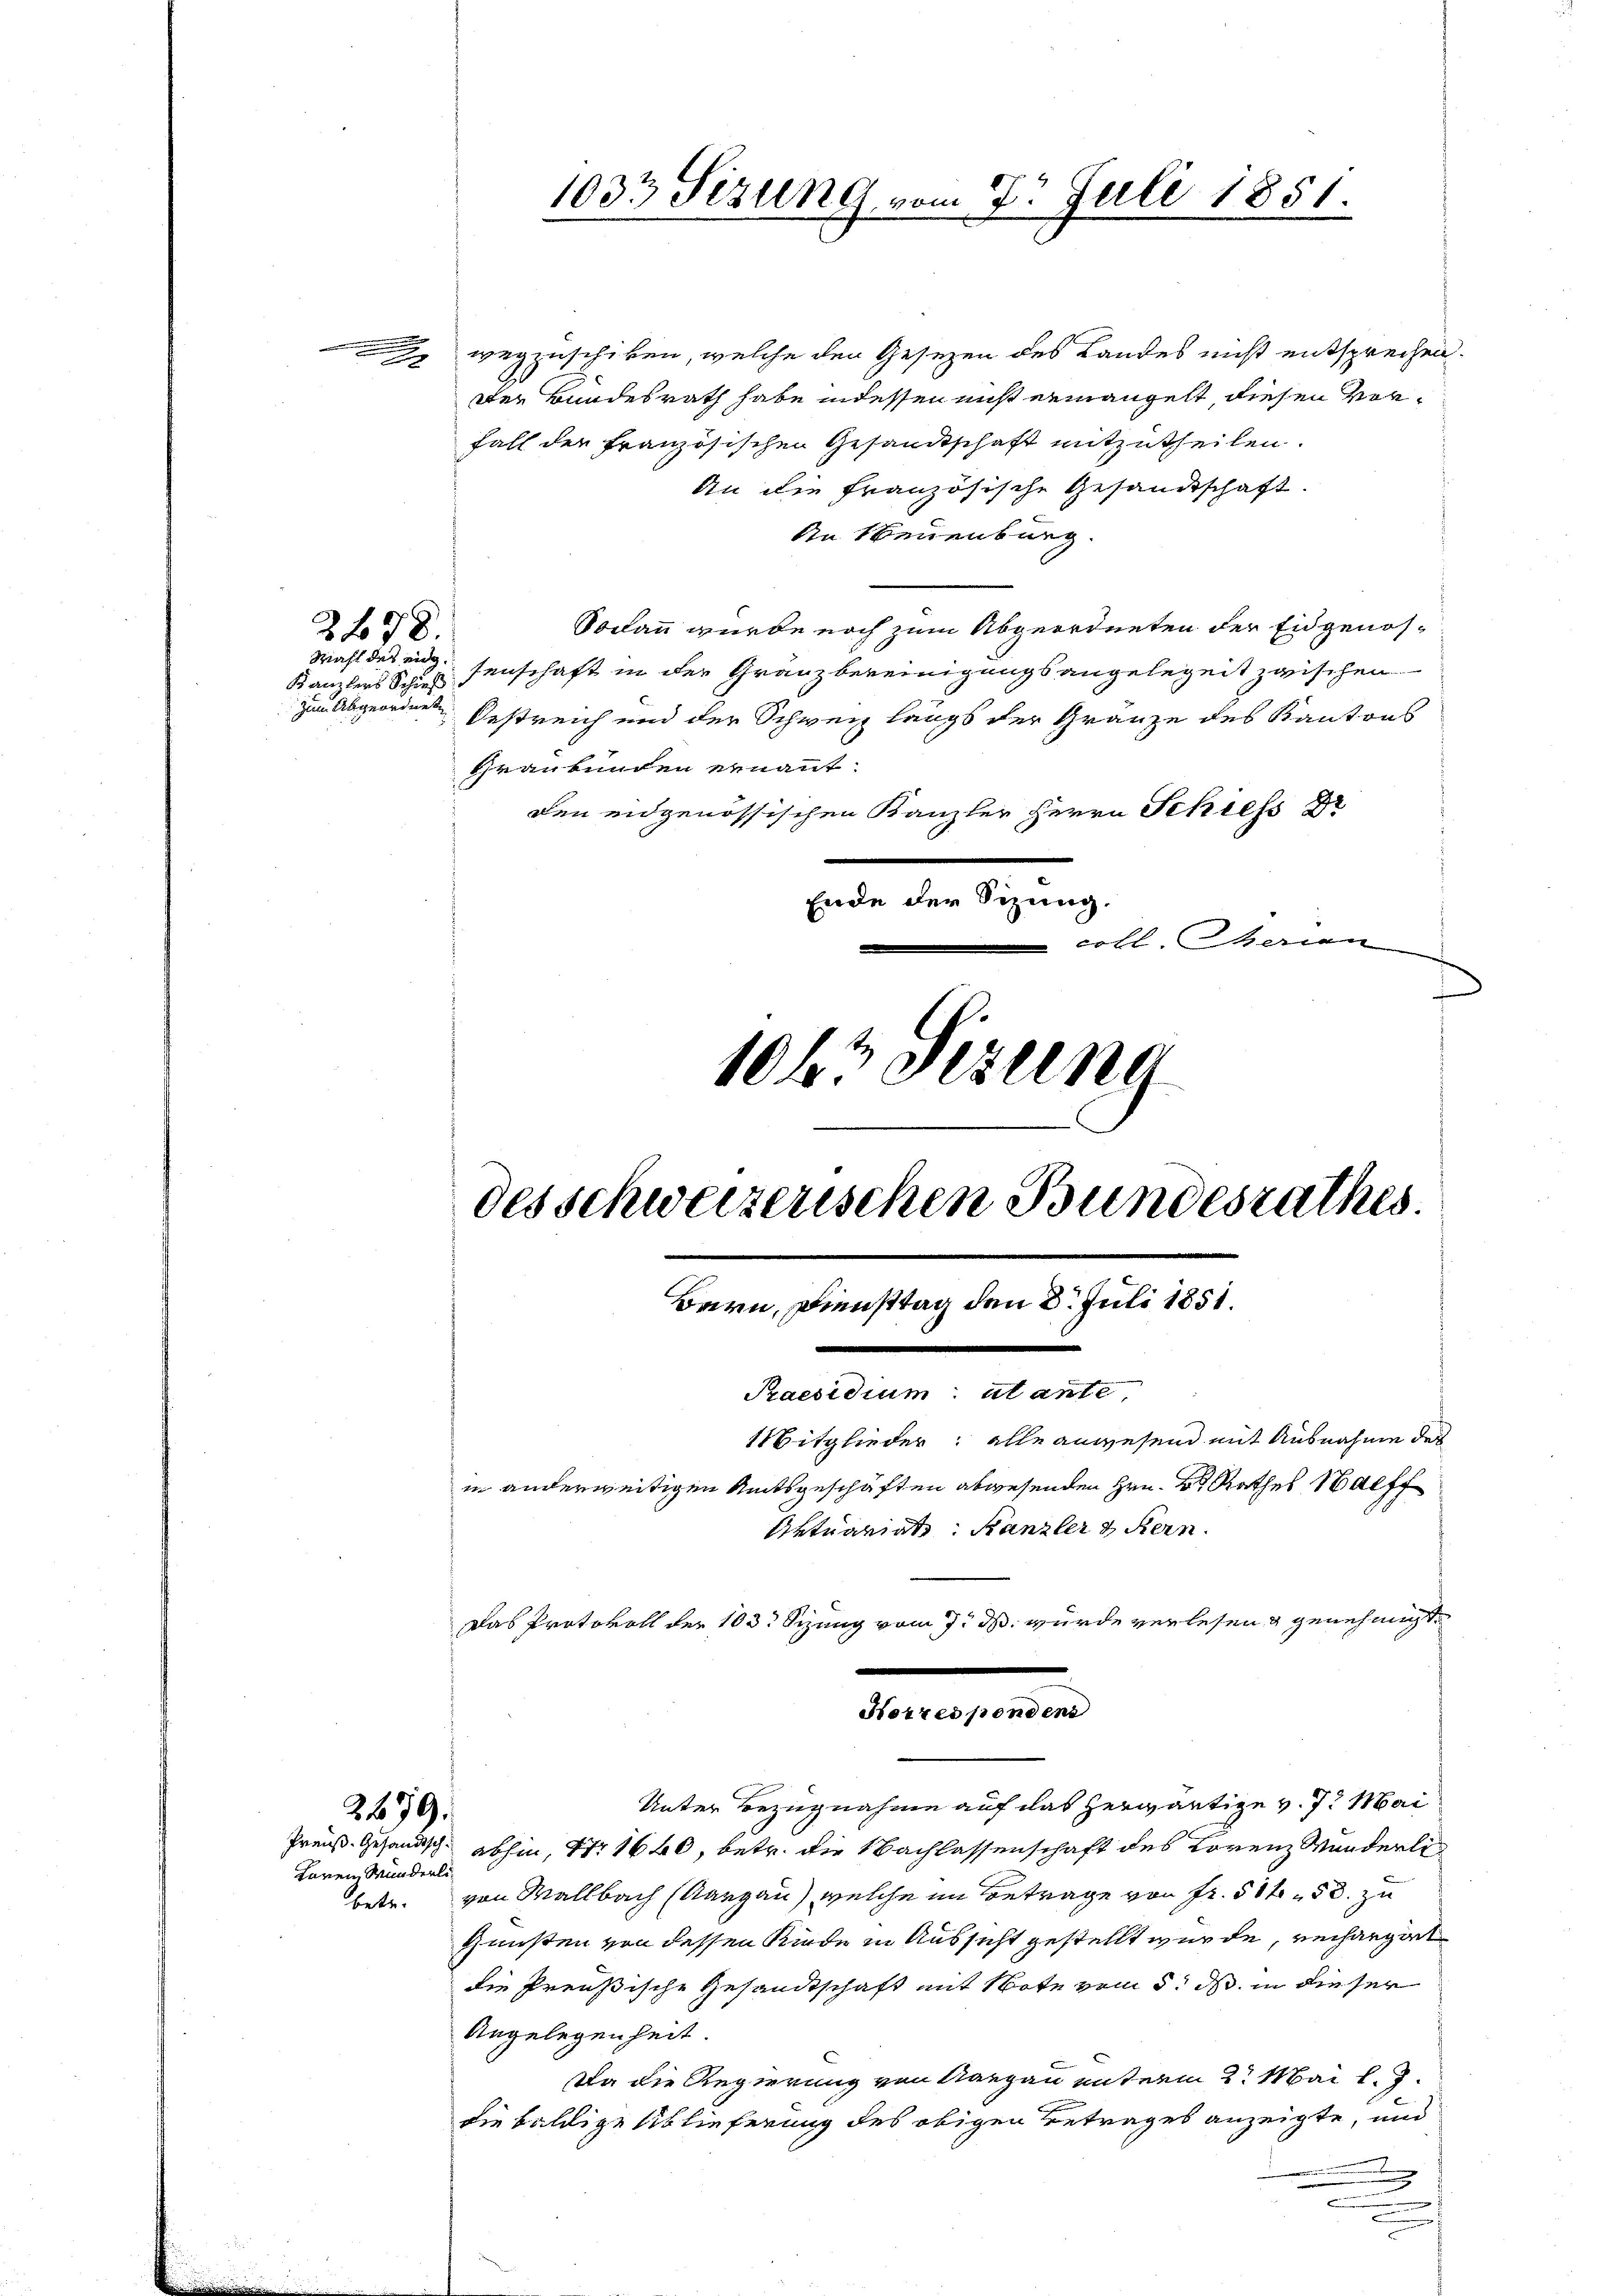
wegzuschiken, welche den Gesezen des Landes nicht entsprechen.

Der Bundesrath habe in dessen nicht ermangelt diesen Vor¬
Fall der französischen Gesandtschaft mitzutheilen.
An die französische Gesandtschaft.
An Neuenburg.
Sodann wurde noch zum Abgeordneten der Eidgenössenschaft in der Granzbereinigungsangelegeit zwischen
Kanzlers Schieß
 zum Abgeordnete
Oestreich und der Schweiz langs der Gränze des Kantons
Graubünden ernannt:
den eidgenössischen Kanzler Herrn Schiess
Ende der Sizung.
cotlerien

278
Mahl des eidg.

2479.

taren Munderl

1063 sezung
des schweizerischen Bundesrathes.
Bern, Diensttag den 8. Juli 1851.
Praesidium alante
Mitglieder: alle anwesend mit Ausnahme des
in anderweitigen Amtsgeschäften abwesenden Hrn. B. Rathes Halff
Aktuariat Kanzler & Kern

Unter Bezugnahme auf das herwärtige v. 7. Mai
Preuß. Gesandtsch abhin, Nr 1640, betr. die Nachlassenschaft des Lorenz Wunderlibetr. von Wallbach (Aargau), welche im Betrage von Fr. 5150. zu
Gunsten von dessen Rinde in Aussicht gestellt wurde, recharget
die Preußische Gesandtschaft mit Note vom 5. ds. in dieser
Angelegenheit.
Da die Regierung von Aargau unterm 2. Mai l. J.
die baldige Ablieferung des obigen Betrages anzeigte, und

Das Protokoll der 103. Sizung vom 7. ds. wurde verlesen & genehmigt
Horresponden

1033 Sizung vom 7. Juli 1851.